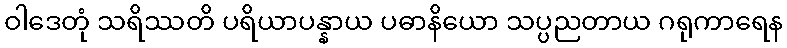
ဝါဒေတုံ သရိဿတိ ပရိယာပန္နာယ ပဓာနိယော သပ္ပညတာယ ဂရုကာရေန